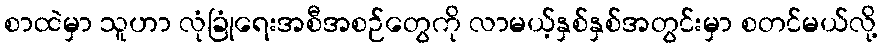
စာထဲမှာ သူဟာ လုံခြုံရေးအစီအစဉ်တွေကို လာမယ့်နှစ်နှစ်အတွင်းမှာ စတင်မယ်လို့